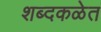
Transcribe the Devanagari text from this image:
शब्दकळेत